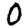
Digit: 0